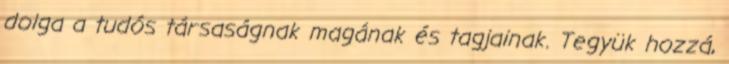
dolga a tudós társaságnak magának és tagjainak. Tegyük hozzá,